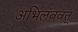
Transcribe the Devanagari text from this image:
अभिलंबवत्‌